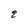
Character: q